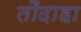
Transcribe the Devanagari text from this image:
तौदाहा